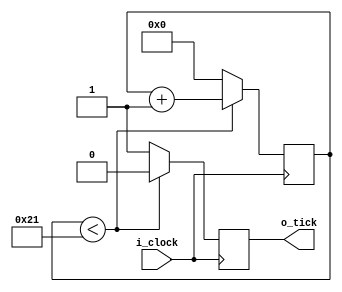
`timescale 1ns / 1ps
//////////////////////////////////////////////////////////////////////////////////
// Company: 
// Engineer: 
// 
// Design Name: 
// Module Name: BR_GENERATOR
// Project Name: 
// Target Devices: 
// Tool Versions: 
// Description: 
// 
// Dependencies: 
// 
// Revision:
// Revision 0.01 - File Created
// Additional Comments:
// 
//////////////////////////////////////////////////////////////////////////////////


module BR_GENERATOR
#(
  //PARAMETERS
  parameter clk_frec  = 5.0, // 5MHz
  parameter baudrate = 9600

  )
  (
  //INPUTS
   input        i_clock,
   //OUTPUTS
   output     reg o_tick
   );
  localparam integer modulo = (clk_frec*1000000) / (baudrate * 16);
  reg [ $clog2 (modulo) - 1:0] contador;
  
  
  always @(posedge i_clock)
  begin
    if(contador < modulo)
        begin
            o_tick <= 0;
            contador <= contador + 1;
        end
    else
        begin
            o_tick <= 1;
            contador <= 0;
        end
  end      
        

   
endmodule